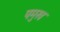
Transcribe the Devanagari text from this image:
पमुख